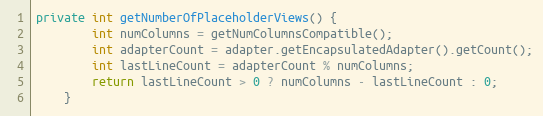
Language: Java
private int getNumberOfPlaceholderViews() {
        int numColumns = getNumColumnsCompatible();
        int adapterCount = adapter.getEncapsulatedAdapter().getCount();
        int lastLineCount = adapterCount % numColumns;
        return lastLineCount > 0 ? numColumns - lastLineCount : 0;
    }